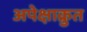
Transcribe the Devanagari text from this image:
अपेक्षाक्रुत